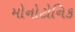
મોનોટોનિક